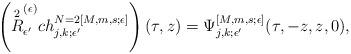
LaTeX: \begin{align*}\left( \overset{2}{R}^{(\epsilon)}_{\epsilon^\prime} ch^{N=2 [M, m,s;\epsilon]}_{j,k;\epsilon^\prime}\right) (\tau,z) = \Psi^{[M, m,s ; \epsilon]}_{j,k;\epsilon^\prime} (\tau, -z, z, 0),\end{align*}